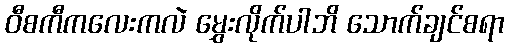
ဝီစကီကလေးကလဲ မွှေးလိုက်ပါဘိ သောက်ချင်စရာ